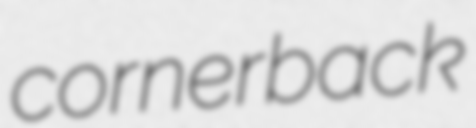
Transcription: cornerback